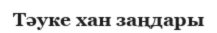
Тәуке хан заңдары